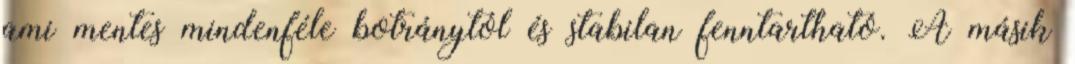
ami mentes mindenféle botránytól és stabilan fenntartható. A másik